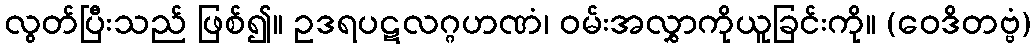
လွတ်ပြီးသည် ဖြစ်၍။ ဥဒရပဋလဂ္ဂဟဏံ၊ ဝမ်းအလွှာကိုယူခြင်းကို။ (ဝေဒိတဗ္ဗံ)